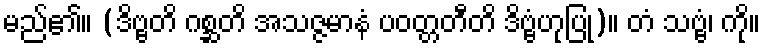
မည်၏။ (ဒိဗ္ဗတိ ဂစ္ဆတိ အသဇ္ဇမာနံ ပဝတ္တတီတိ ဒိဗ္ဗံဟုပြု)။ တံ သဗ္ဗံ၊ ကို။